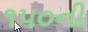
૧૫૦ની